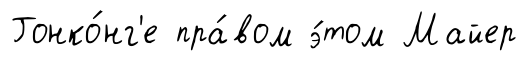
Гонко́нг'е пра́вом э́том Майер